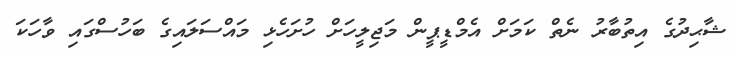
ޝާޙިދުގެ އިތުބާރު ނެތް ކަމަށް އެމްޑީޕީން މަޖިލީހަށް ހުށަހެޅި މައްސަލައިގެ ބަހުސްގައި ވާހަކަ